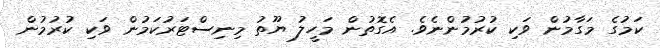
ކަމުގެ މަގާމުން ވަކި ކުރުމުންނެވެ. އެގޮތުން މަހީލު ޔޫތު މިނިސްޓަރުކަމުން ވަކި ކުރުމުން